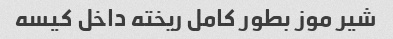
شیر موز بطور کامل ریخته داخل کیسه